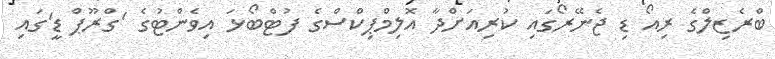
ބްރެޒިލްގެ ރިއޯ ޑި ޖެނޭރޯގައި ކުރިއަށްދާ އޮލިމްޕިކްސްގެ ފުޓްބޯޅަ އިވެންޓުގެ 'ގްރޫޕް ޑީ'ގައި